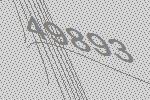
49893